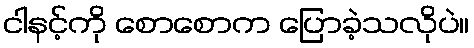
ငါနင့်ကို စောစောက ပြောခဲ့သလိုပဲ။